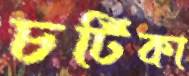
চটিকা